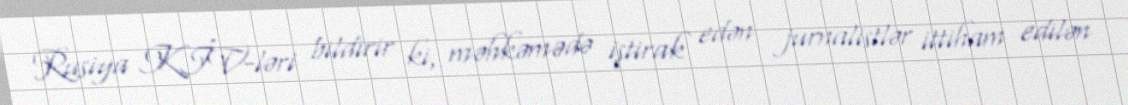
Rusiya KİV-ləri bildirir ki, məhkəmədə iştirak edən jurnalistlər ittiham edilən